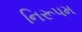
નિરૂપમ